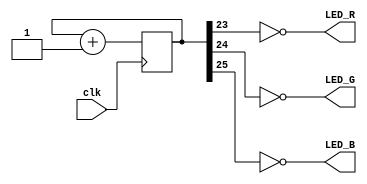
//light up the leds according to a counter to cycle through every one

module led(input clk, output LED_R, output LED_G, output LED_B);
   reg [25:0] counter;

   assign LED_R = ~counter[23];
   assign LED_G = ~counter[24];
   assign LED_B = ~counter[25];  
   

   initial begin
      counter = 0;
   end

   always @(posedge clk)
   begin
      counter <= counter + 1;
   end
endmodule // led